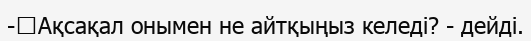
-	Ақсақал онымен не айтқыңыз келеді? - дейді.